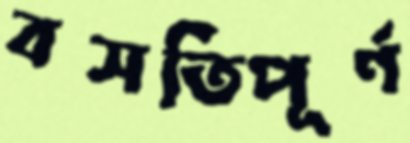
বসতিপূর্ণ